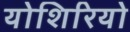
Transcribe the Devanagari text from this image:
योशिरियो